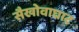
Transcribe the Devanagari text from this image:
सैखोवाघाट